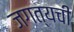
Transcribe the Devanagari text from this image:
जगत्यची